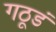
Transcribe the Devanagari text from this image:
गठूडं